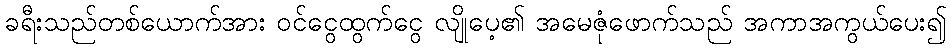
ခရီးသည်တစ်ယောက်အား ဝင်ငွေထွက်ငွေ လျိုပေ့၏ အမေဇုံဖောက်သည် အကာအကွယ်ပေး၍